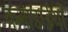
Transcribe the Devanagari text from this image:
कनाडाईयों